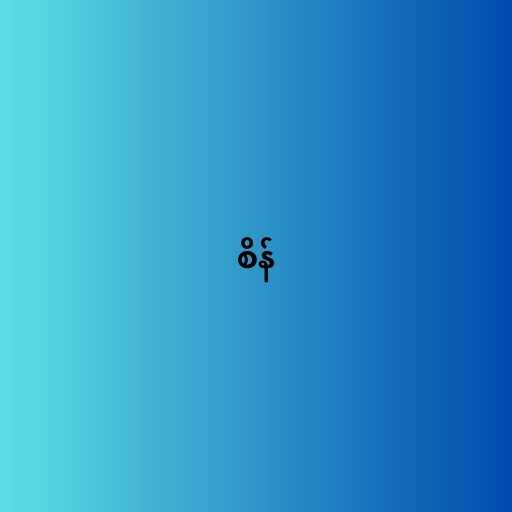
စိန်